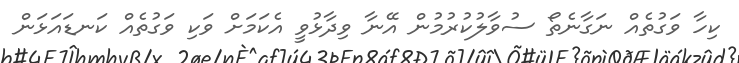
ކިހާ ވަގުތެއް ނަގާނެތޯ ސުވާލުކުރުމުން އޭނާ ވިދާޅުވީ އެކަމަށް ވަކި ވަގުތެއް ކަނޑައަޅަން